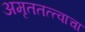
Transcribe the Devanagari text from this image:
अमृततत्त्वाचा